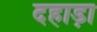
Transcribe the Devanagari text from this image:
दहाड़ा